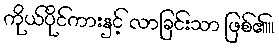
ကိုယ်ပိုင်ကားနှင့် လာခြင်းသာ ဖြစ်၏။